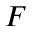
F